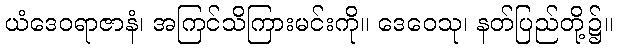
ယံဒေဝရာဇာနံ၊ အကြင်သိကြားမင်းကို။ ဒေဝေသု၊ နတ်ပြည်တို့၌။